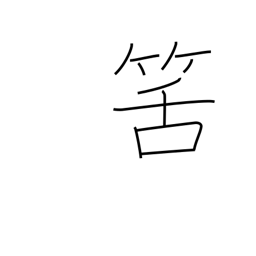
Meaning: expected